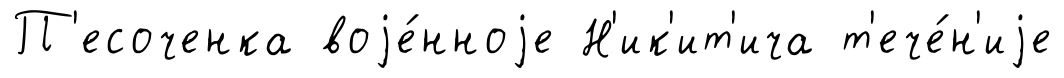
П'есоченка воjе́нноjе Н'ик'ит'ича т'ече́н'иjе